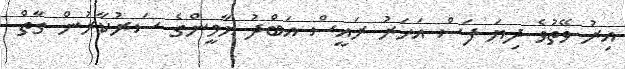
އިރު ވޭތުވެ ދިޔަ ފަސް އަހަރު ރައީސް އަބްދު ޔާމީންގެ ސަރުކާރުން ގާތް